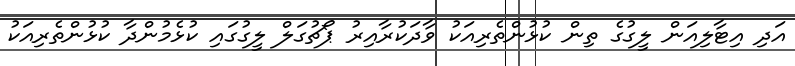
އަދި އިޓާލިއަން ލީގުގެ ތިން ކުޅުންތެރިއަކު ވާދަކުރާއިރު ޕޯޗުގަލް ލީގުގައި ކުޅެމުންދާ ކުޅުންތެރިއަކު